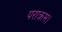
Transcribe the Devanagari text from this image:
पराक्रम।